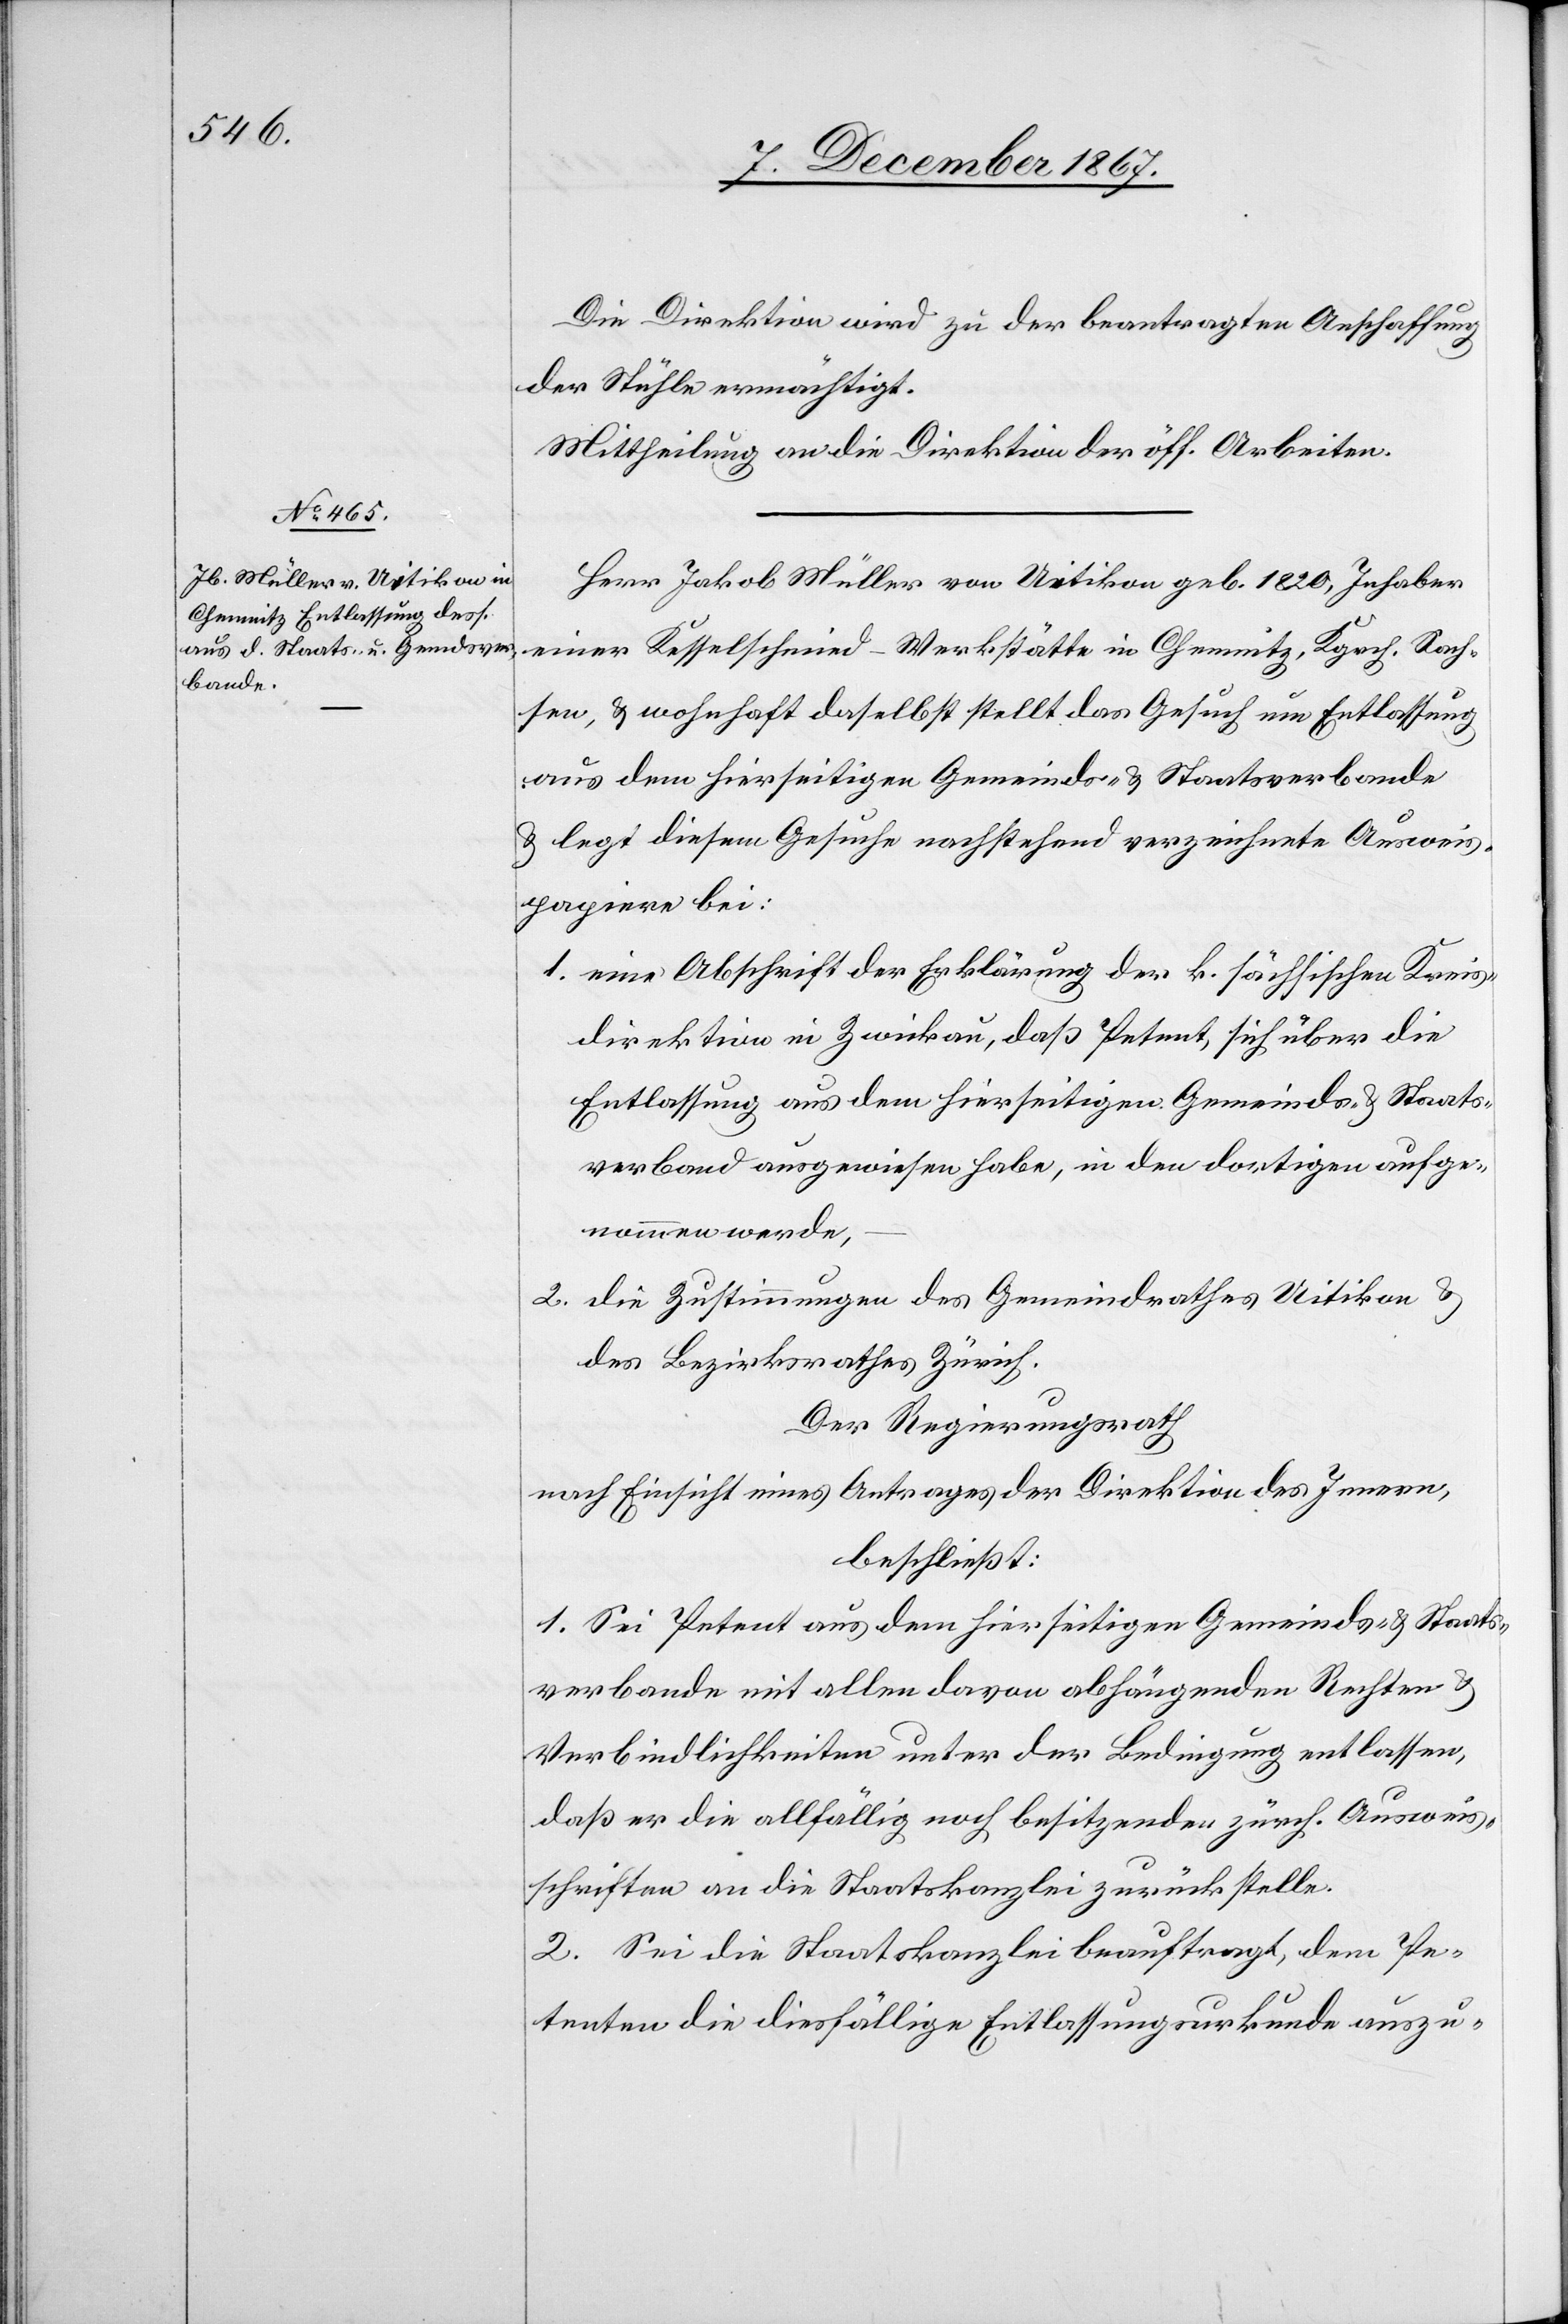
Die Direktion wird zu der beantragten Anschaffung
der Stühle ermächtigt.
Mittheilung an die Direktion der öff. Arbeiten.
Herr Jakob Müller von Uetikon geb. 1820, Inhaber
einer Kesselschmied-Werkstätte in Chemnitz, Kgrch. Sach¬
sen, u. wohnhaft daselbst stellt das Gesuch um Entlassung
aus dem hierseitigen Gemeinds- u. Staatsverbande
u. legt diesem Gesuche nachstehend verzeichnete Ausweis¬
papiere bei:
1. eine Abschrift der Erklärung der k. sächsischen Kreis¬
direktion in Zwickau, daß Petent, sich über die
Entlassung aus dem hierseitigen Gemeinds- u. Staats¬
verbande ausgewiesen habe [sic!], in den dortigen aufge¬
nommen werde,
2. die Zustimmungen des Gemeindrathes Uitikon u.
des Bezirksrathes Zürich.
Der Regierungsrath
nach Einsicht eines Antrages der Direktion des Innern,
beschließt:
1. Sei Petent aus dem hierseitigen Gemeinds- u. Staats¬
verbande mit allen davon abhängenden Rechten u.
Verbindlichkeiten unter der Bedingung entlassen,
daß er die allfällig noch besitzenden zürch. Ausweis¬
schriften an die Staatskanzlei zurückstelle.
2. Sei die Staatskanzlei beauftragt, dem Pe¬
tenten die diesfällige Entlassungsurkunde auszu-